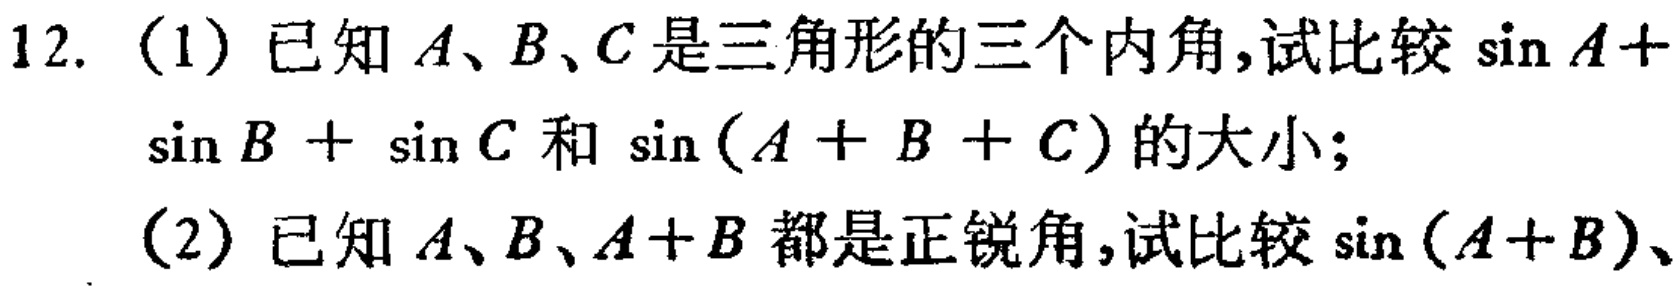
12. (1) 已知\(A、B、C\)是三角形的三个内角,试比较\(\sin A + \sin B+\sin C\)和\(\sin(A + B + C)\)的大小;

(2) 已知\(A、B、A + B\)都是正锐角,试比较\(\sin(A + B)\)、